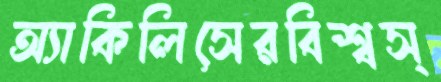
অ্যাকিলিসেরবিশ্বস্